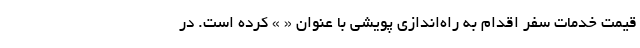
قیمت خدمات سفر اقدام به راه‌اندازی پویشی با عنوان « » کرده است. در